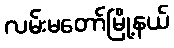
လမ်းမတော်မြို့နယ်